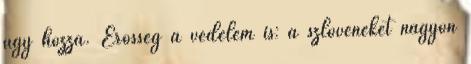
úgy hozza. Erősség a védelem is: a szlovéneket nagyon